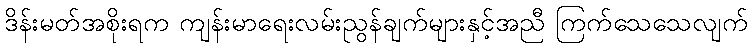
ဒိန်းမတ်အစိုးရက ကျန်းမာရေးလမ်းညွန်ချက်များနှင့်အညီ ကြက်သေသေလျက်